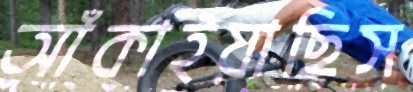
আঁকাইয়াছিস